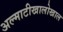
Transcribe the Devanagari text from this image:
अल्माटीखालोखाल